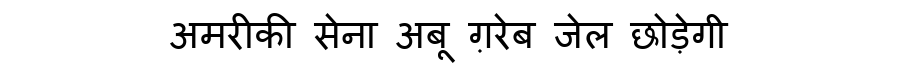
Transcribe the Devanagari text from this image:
अमरीकी सेना अबू ग़रेब जेल छोड़ेगी